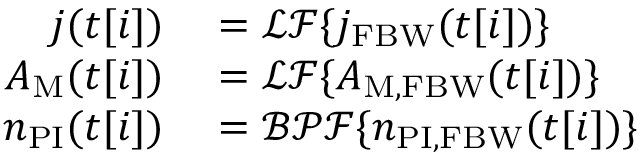
\begin{array} { r l } { j ( t [ i ] ) } & { { } = \mathcal { L F } \{ j _ { \mathrm { F B W } } ( t [ i ] ) \} } \\ { A _ { \mathrm { M } } ( t [ i ] ) } & { { } = \mathcal { L F } \{ A _ { \mathrm { M , F B W } } ( t [ i ] ) \} } \\ { n _ { \mathrm { P I } } ( t [ i ] ) } & { { } = \mathcal { B P F } \{ n _ { \mathrm { P I , F B W } } ( t [ i ] ) \} } \end{array}